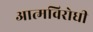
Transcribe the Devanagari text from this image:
आत्मविरोधी